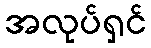
အလုပ်ရှင်